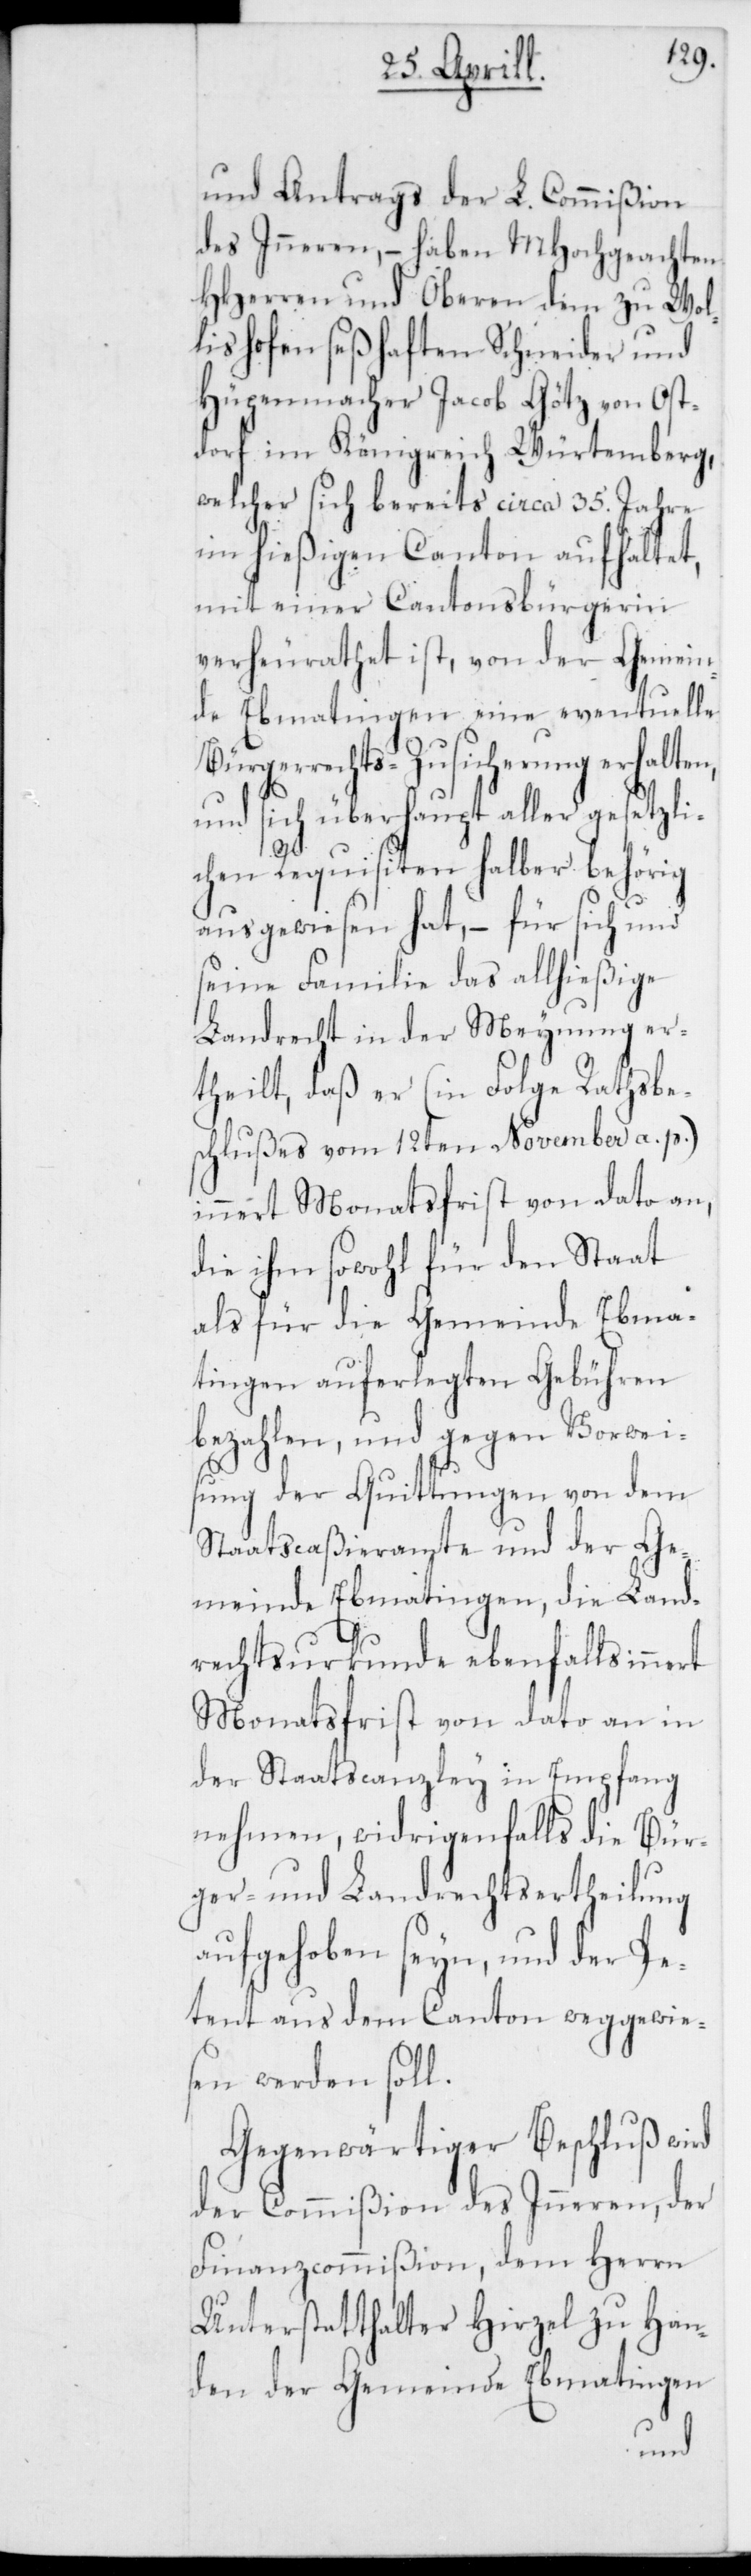
und Antrags der L. Commißion
des Inneren, – haben MHochgeachten
HHerren und Oberen dem zu Wol¬
lishofen seßhaften Schneider und
Hüpenmacher Jacob Götz von Ost¬
dorf im Königreich Würtemberg,
welcher sich bereits circa 35. Jahre
im hießigen Canton aufhaltet,
mit einer Cantonsbürgerin
verheurathet ist, von der Gemein¬
de Ebmatingen eine eventuelle
Bürgerrechts-Zusicherung erhalten,
und sich überhaupt aller gesetzli¬
chen Requisiten halber behörig
ausgewiesen hat, – für sich und
seine Familie das allhießige
Landrecht in der Meynung er¬
theilt, daß er (in Folge Rathsbe¬
schlußes vom 12ten November a. p.)
innert Monatsfrist von dato an,
die ihm sowohl für den Staat
als für die Gemeinde Ebma¬
tingen auferlegten Gebühren
bezahlen, und gegen Vorwei¬
sung der Quittungen von dem
Staatscaßieramte und der Ge¬
meinde Ebmatingen, die Land¬
rechtsurkunde ebenfalls innert
Monatsfrist von dato an in
der Staatscanzley in Empfang
nehmen, widrigenfalls die Bür¬
ger- und Landrechtsertheilung
aufgehoben seyn, und der Pe¬
tent aus dem Canton weggewie¬
sen werden soll.
Gegenwärtiger Beschluß wird
der Commißion des Inneren, der
Finanzcommißion, dem Herrn
Unterstatthalter Hirzel zu Han¬
den der Gemeinde Ebmatingen